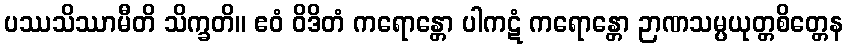
ပဿသိဿာမီတိ သိက္ခတိ။ ဧဝံ ဝိဒိတံ ကရောန္တော ပါကဋံ ကရောန္တော ဉာဏသမ္ပယုတ္တစိတ္တေန